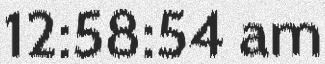
12:58:54 am